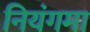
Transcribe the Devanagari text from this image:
नियंगमा